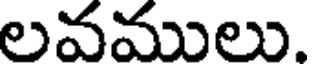
లవములు.